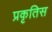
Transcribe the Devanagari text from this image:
प्रकृतिस